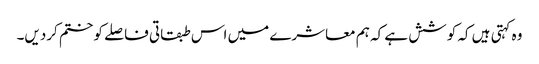
وہ کہتی ہیں کہ کوشش ہے کہ ہم معاشرے میں اس طبقاتی فاصلے کو ختم کردیں۔